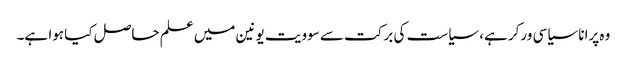
وہ پرانا سیاسی ورکر ہے، سیاست کی برکت سے سوویت یونین میں علم حاصل کیا ہوا ہے۔